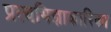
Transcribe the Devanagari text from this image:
प्रत्यभिज्ञाकारिका